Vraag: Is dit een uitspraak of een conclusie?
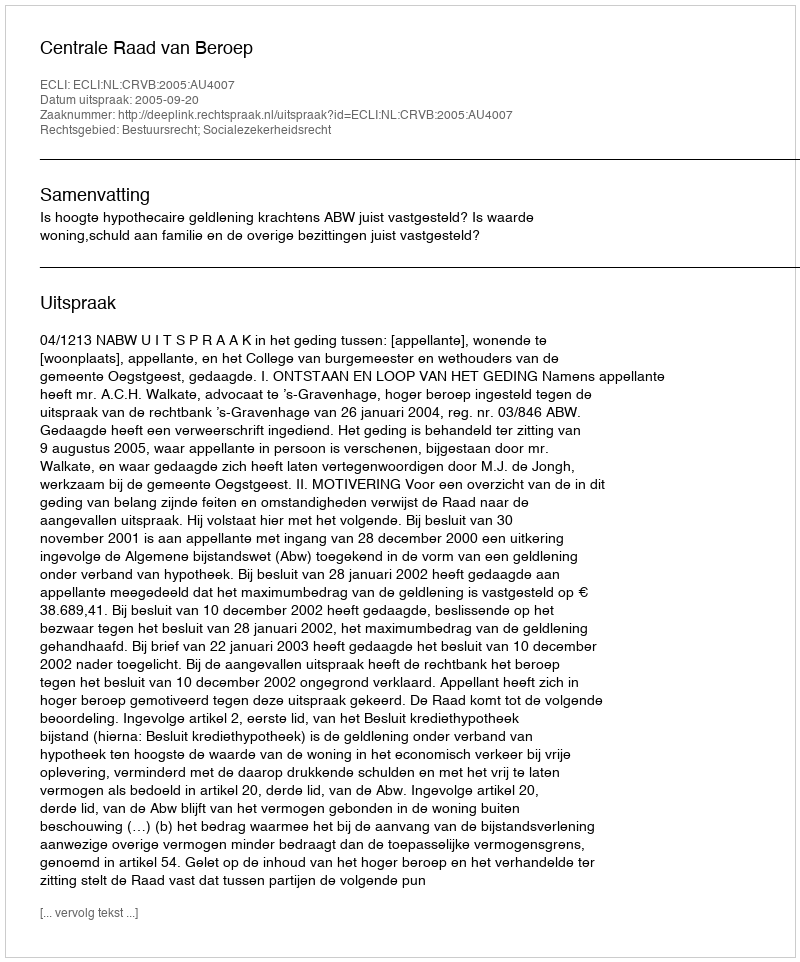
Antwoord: Uitspraak